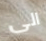
الى